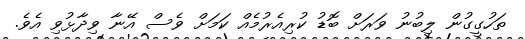
ތަހުގީގުން ލިބުނު ވަރަށް ބޮޑު ކުރިއެރުމެއް ކަމަށް ވެސް އޭނާ ވިދާޅުވި އެވެ.